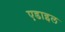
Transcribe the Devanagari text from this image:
एडाइल